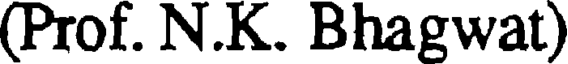
(Prof. N.K. Bhagwat)